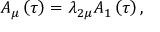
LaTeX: A _ { \mu } \left( \tau \right) = \lambda _ { 2 \mu } A _ { 1 } \left( \tau \right) ,